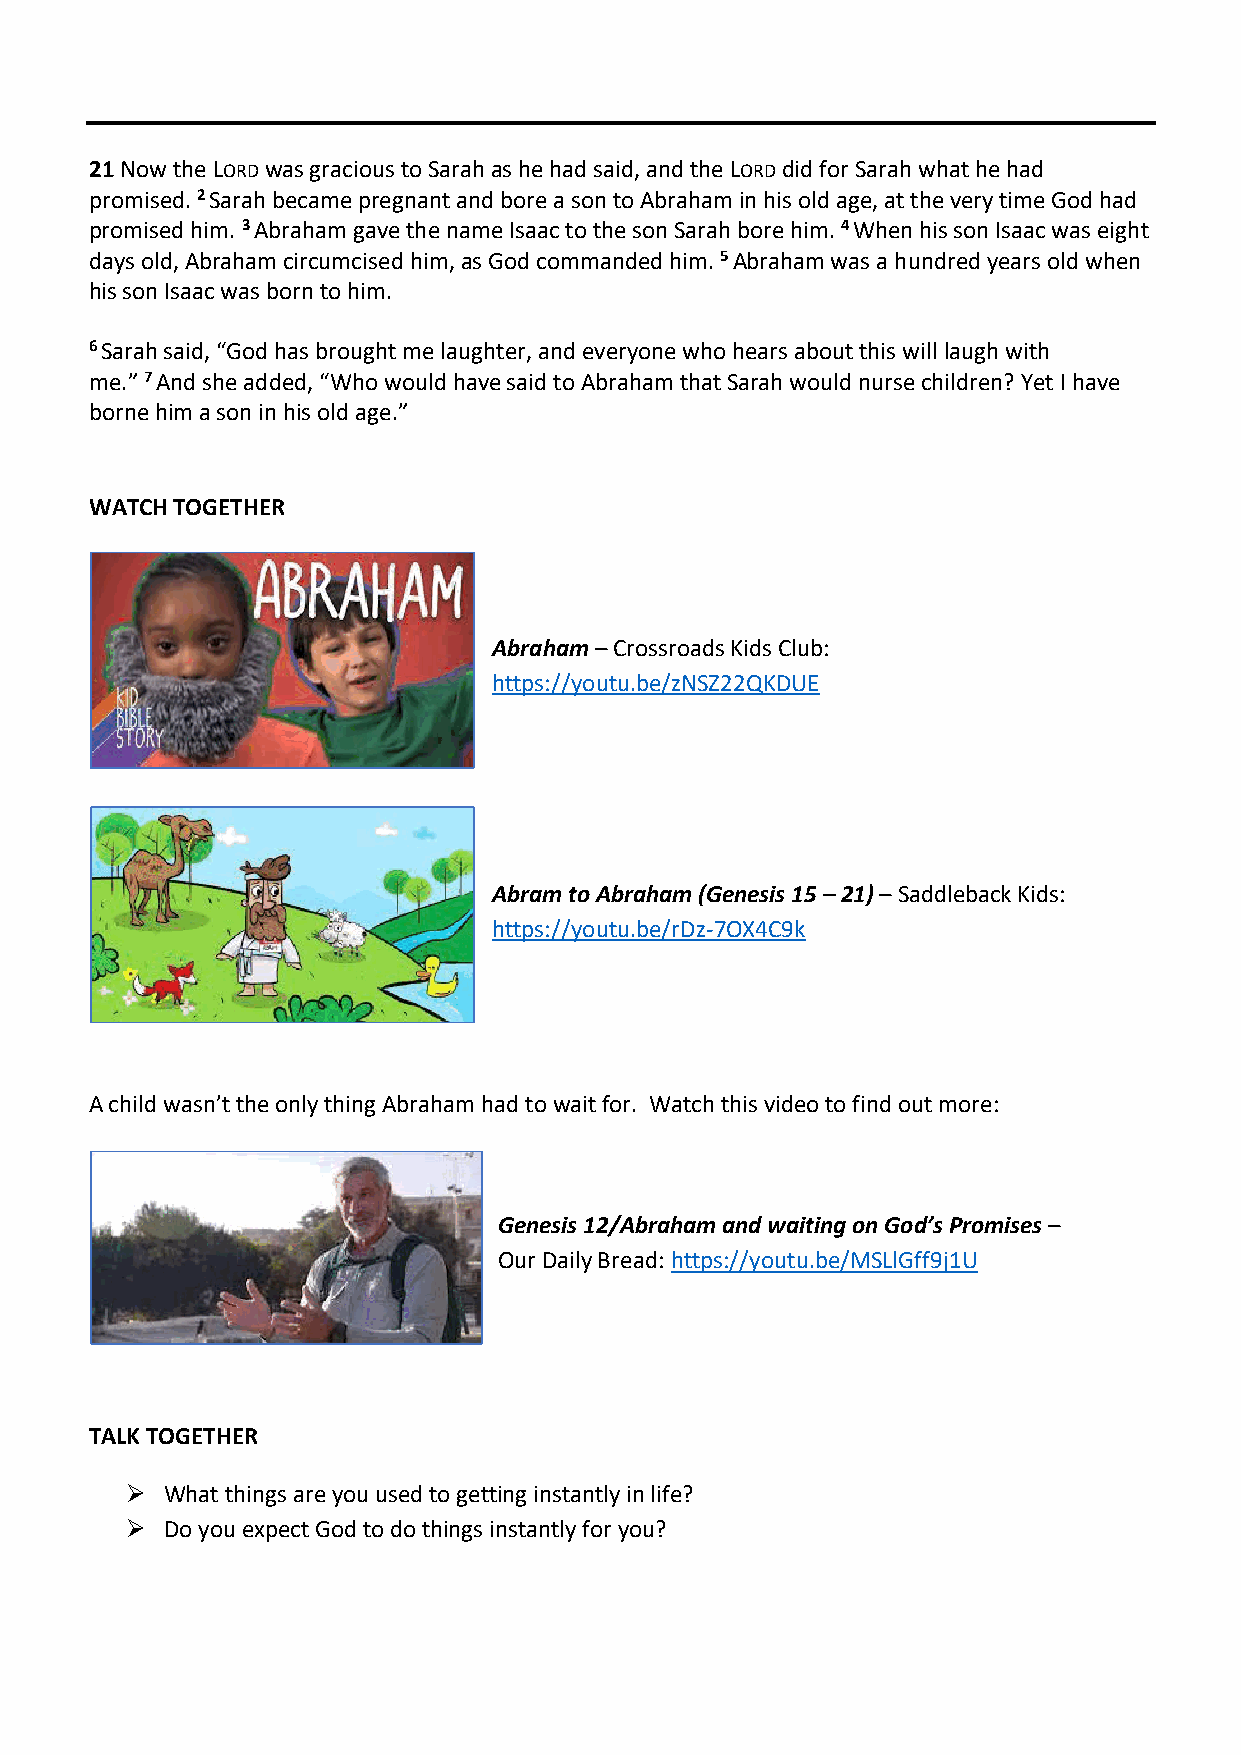
21 Now the LORD was gracious to Sarah as he had said, and the LORD did for Sarah what he had
 promised. 2 Sarah became pregnant and bore a son to Abraham in his old age, at the very time God had
 promised him. 3 Abraham gave the name Isaac to the son Sarah bore him. 4 When his son Isaac was eight
 days old, Abraham circumcised him, as God commanded him. 5 Abraham was a hundred years old when
 his son Isaac was born to him.
 6 Sarah said, “God has brought me laughter, and everyone who hears about this will laugh with
 me.” 7 And she added, “Who would have said to Abraham that Sarah would nurse children? Yet I have
 borne him a son in his old age.”
 WATCH TOGETHER
 Abraham – Crossroads Kids Club:
 https://youtu.be/zNSZ22QKDUE
 Abram to Abraham (Genesis 15 – 21) – Saddleback Kids:
 https://youtu.be/rDz-7OX4C9k
 A child wasn’t the only thing Abraham had to wait for. Watch this video to find out more:
 Genesis 12/Abraham and waiting on God’s Promises –
 Our Daily Bread: https://youtu.be/MSLlGff9j1U
 TALK TOGETHER
 ➢  What things are you used to getting instantly in life?
 ➢  Do you expect God to do things instantly for you?